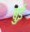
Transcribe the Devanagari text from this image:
बुई